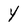
Character: Y